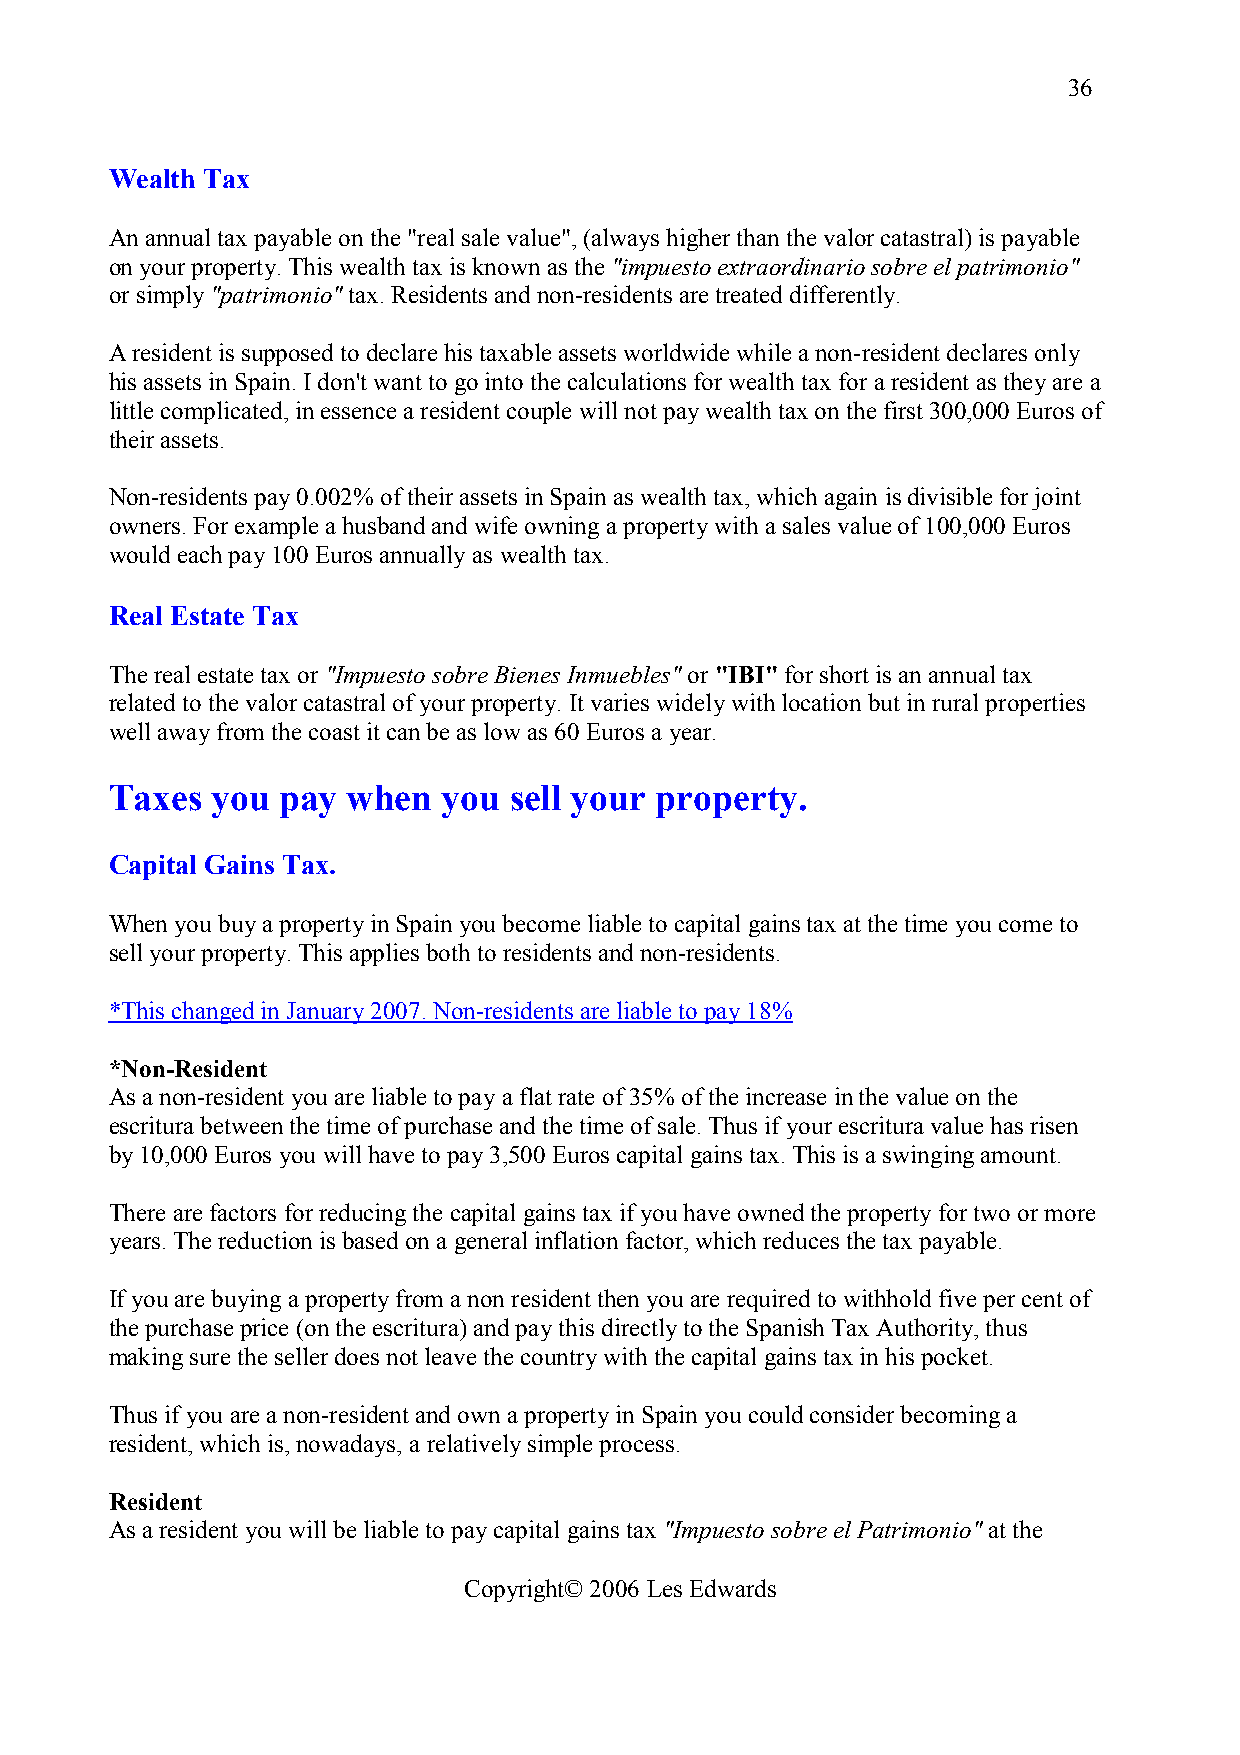
36
 Wealth Tax
 An annual tax payable on the "real sale value", (always higher than the valor catastral) is payable
 on your property. This wealth tax is known as the "impuesto extraordinario sobre el patrimonio"
 or simply "patrimonio" tax. Residents and non-residents are treated differently.
 A resident is supposed to declare his taxable assets worldwide while a non-resident declares only
 his assets in Spain. I don't want to go into the calculations for wealth tax for a resident as they are a
 little complicated, in essence a resident couple will not pay wealth tax on the first 300,000 Euros of
 their assets.
 Non-residents pay 0.002% of their assets in Spain as wealth tax, which again is divisible for joint
 owners. For example a husband and wife owning a property with a sales value of 100,000 Euros
 would each pay 100 Euros annually as wealth tax.
 Real Estate Tax
 The real estate tax or "Impuesto sobre Bienes Inmuebles" or "IBI" for short is an annual tax
 related to the valor catastral of your property. It varies widely with location but in rural properties
 well away from the coast it can be as low as 60 Euros a year.
 Taxes  you  pay when  you  sell your property.
 Capital Gains Tax.
 When you buy a property in Spain you become liable to capital gains tax at the time you come to
 sell your property. This applies both to residents and non-residents.
 *This changed in January 2007. Non-residents are liable to pay 18%
 *Non-Resident
 As a non-resident you are liable to pay a flat rate of 35% of the increase in the value on the
 escritura between the time of purchase and the time of sale. Thus if your escritura value has risen
 by 10,000 Euros you will have to pay 3,500 Euros capital gains tax. This is a swinging amount.
 There are factors for reducing the capital gains tax if you have owned the property for two or more
 years. The reduction is based on a general inflation factor, which reduces the tax payable.
 If you are buying a property from a non resident then you are required to withhold five per cent of
 the purchase price (on the escritura) and pay this directly to the Spanish Tax Authority, thus
 making sure the seller does not leave the country with the capital gains tax in his pocket.
 Thus if you are a non-resident and own a property in Spain you could consider becoming a
 resident, which is, nowadays, a relatively simple process.
 Resident
 As a resident you will be liable to pay capital gains tax "Impuesto sobre el Patrimonio" at the
 Copyright© 2006 Les Edwards